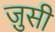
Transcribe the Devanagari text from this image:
ज़ुसी